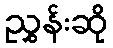
ညွှန်းဆို